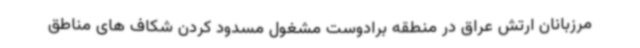
مرزبانان ارتش عراق در منطقه برادوست مشغول مسدود کردن شکاف های مناطق